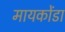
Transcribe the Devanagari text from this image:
मायकोंडा